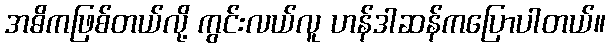
အဓိကဖြစ်တယ်လို့ ကွင်းလယ်လူ ဟန်ဒါဆန်ကပြောပါတယ်။